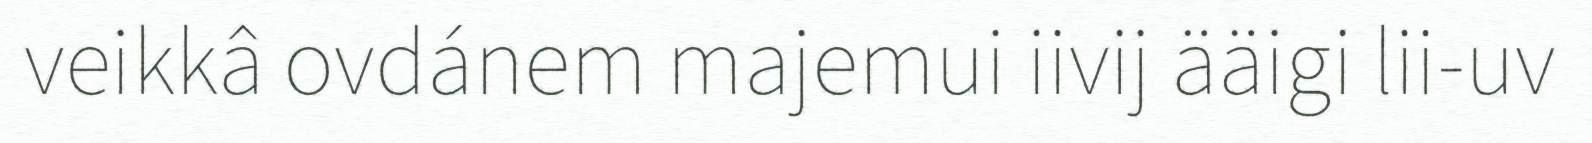
veikkâ ovdánem majemui iivij ääigi lii-uv